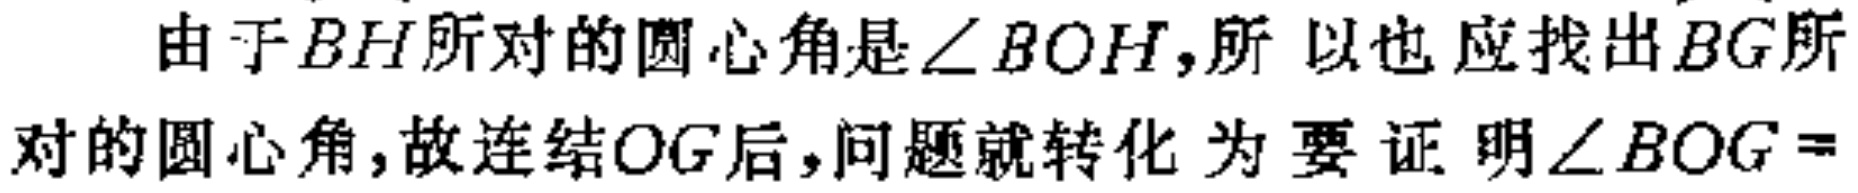
由于\(BH\)所对的圆心角是\(\angle BOH\)，所以也应找出\(BG\)所对的圆心角，故连结\(OG\)后，问题就转化为要证明\(\angle BOG =\)